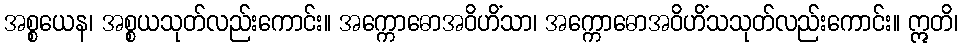
အစ္စယေန၊ အစ္စယသုတ်လည်းကောင်း။ အက္ကောဓောအဝိဟိံသာ၊ အက္ကောဓောအဝိဟိံသသုတ်လည်းကောင်း။ ဣတိ၊